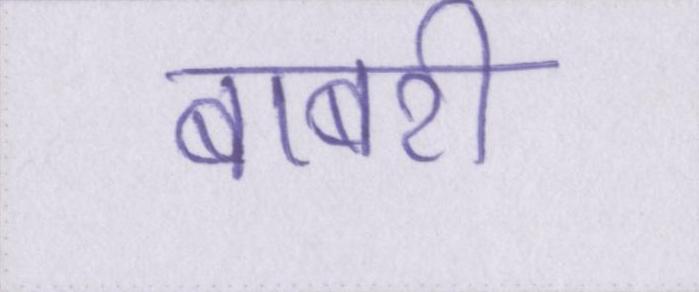
बाबरी